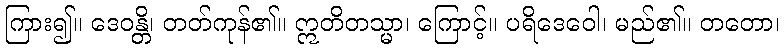
ကြား၍။ ဒေဝန္တိ၊ တတ်ကုန်၏။ ဣတိတသ္မာ၊ ကြောင့်။ ပရိဒေဝေါ၊ မည်၏။ တတော၊